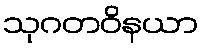
သုဂတဝိနယာ